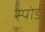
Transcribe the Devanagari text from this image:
स्पोर्ड